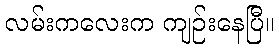
လမ်းကလေးက ကျဉ်းနေပြီ။